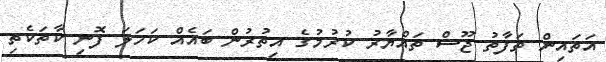
އަތައިން ތަފާތު ޖޫސް ތައްޔާރު ކުރުމުގެ އިތުރުން ބައެއް ކަހަލަ ފޮނި ކާތަކެތި